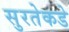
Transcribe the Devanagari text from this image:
सुरतेकडे